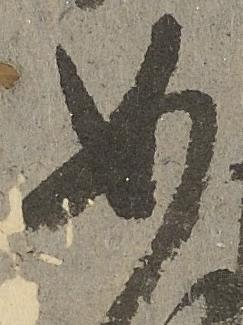
如